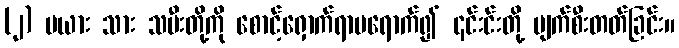
(၂) မယား သား သမီးတို့ကို စောင့်ရှောက်ရာမရောက်၍ ၎င်းင်းတို့ ပျက်စီးတတ်ခြင်း။